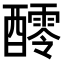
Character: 𨣖